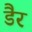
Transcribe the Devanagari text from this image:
डैर